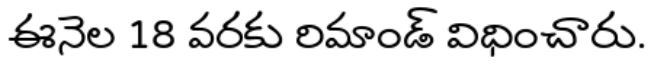
ఈనెల 18 వరకు రిమాండ్ విధించారు.